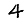
Digit: 4